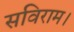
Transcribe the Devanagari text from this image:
सविराम।